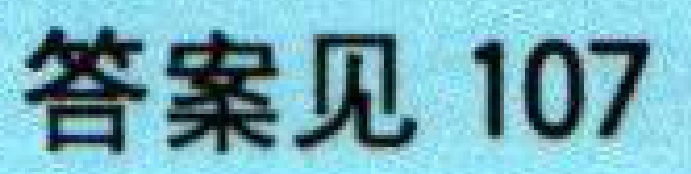
答案见 107